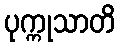
ပုက္ကုသာတိ